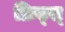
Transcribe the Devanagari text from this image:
फ्रिट्स्